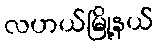
လဟယ်မြို့နယ်